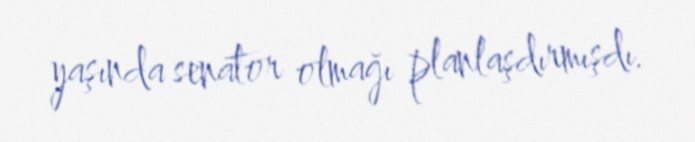
yaşında senator olmağı planlaşdırmışdı.